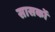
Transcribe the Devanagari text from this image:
सासकों